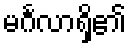
မင်္ဂလာရှိ၏